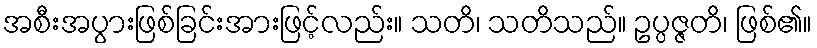
အစီးအပွားဖြစ်ခြင်းအားဖြင့်လည်း။ သတိ၊ သတိသည်။ ဥပ္ပဇ္ဇတိ၊ ဖြစ်၏။